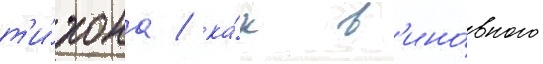
т'и́хона / ка́к в'ино́вного